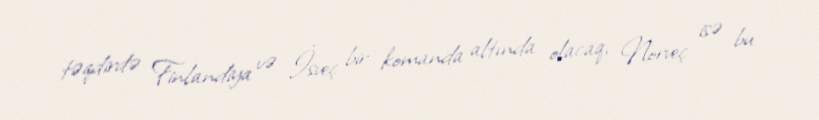
təqdirdə Finlandiya və İsveç bir komanda altında olacaq, Norveç isə bu